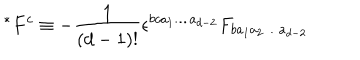
~ ^ { * } F ^ { c } \equiv - \frac { 1 } { ( d - 1 ) ! } \epsilon ^ { b c a _ { 1 } \ldots a _ { d - 2 } } F _ { b a _ { 1 } a _ { 2 } \ldots a _ { d - 2 } } \nonumber